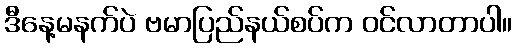
ဒီနေ့မနက်ပဲ ဗမာပြည်နယ်စပ်က ဝင်လာတာပါ။